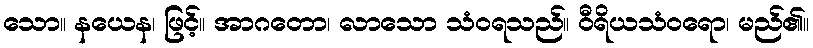
သော။ နယေန၊ ဖြင့်။ အာဂတော၊ လာသော သံဝရသည်။ ဝီရိယသံဝရော၊ မည်၏။